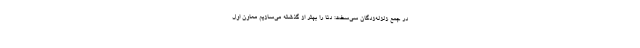
در جمع زلزله‌زدگان سی‌سخت: دنا را بهتر از گذشته می‌سازیم معاون اول